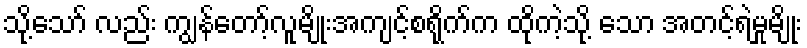
သို့သော် လည်း ကျွန်တော့်လူမျိုးအကျင့်စရိုက်က ထိုကဲ့သို့ သော အတင့်ရဲမှုမျိုး